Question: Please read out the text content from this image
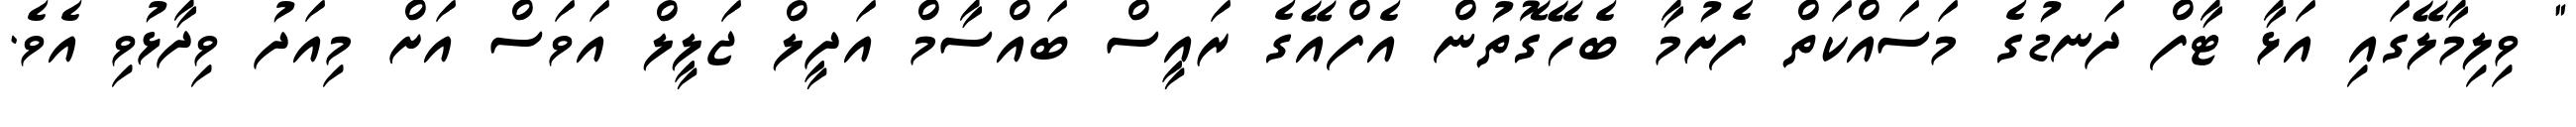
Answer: " ވިލިމާލޭގައި އަޅާ ޓާފް ދަނޑުގެ މަސައްކަތް ފެށުމާ ބެހޭގޮތުން އެފްއޭގެ ރައީސް ބައްސާމް އަދީލް ޖަލީލް އަވަސް އަށް މިއަދު ވިދާޅުވި އެވެ.